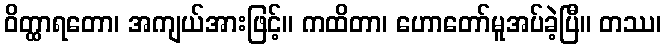
ဝိတ္ထာရတော၊ အကျယ်အားဖြင့်။ ကထိတာ၊ ဟောတော်မူအပ်ခဲ့ပြီ။ တဿ၊